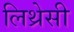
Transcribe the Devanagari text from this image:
लिथ्रेसी